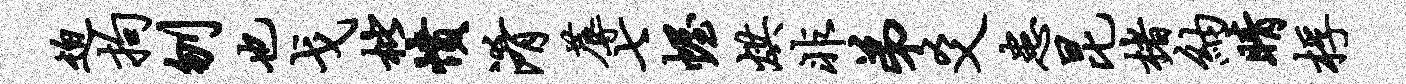
迫拘刎也戈枇愤淆蓐七幄烘非弟爻患昆楮纳睛桴